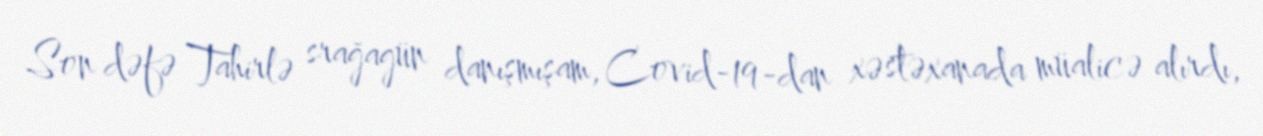
Son dəfə Tahirlə srağagün danışmışam, Covid-19-dan xəstəxanada müalicə alırdı,